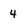
Character: 4